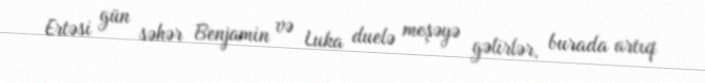
Ertəsi gün səhər Benjamin və Luka duelə meşəyə gəlirlər, burada artıq